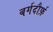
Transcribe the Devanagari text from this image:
बर्गदौर्फ़